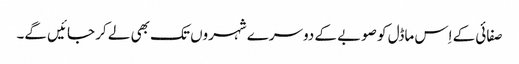
صفائی کے اِس ماڈل کو صوبے کے دوسرے شہروں تک بھی لے کر جائیں گے۔